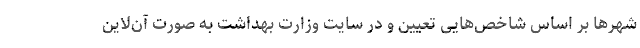
شهرها بر اساس شاخص‌هایی تعیین و در سایت وزارت بهداشت به صورت آن‌لاین